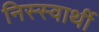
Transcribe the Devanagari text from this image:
निस्स्वार्थी